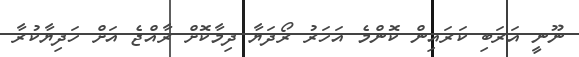
ނޫނީ އަރަބި ކަރައިން ކޮންމެ އަހަރު ރޯދަޔާ ދިމާކޮށް ރާއްޖެ އަށް ހަދިޔާކުރާ